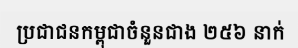
ប្រជាជនកម្ពុជាចំនួនជាង ២៥៦ នាក់